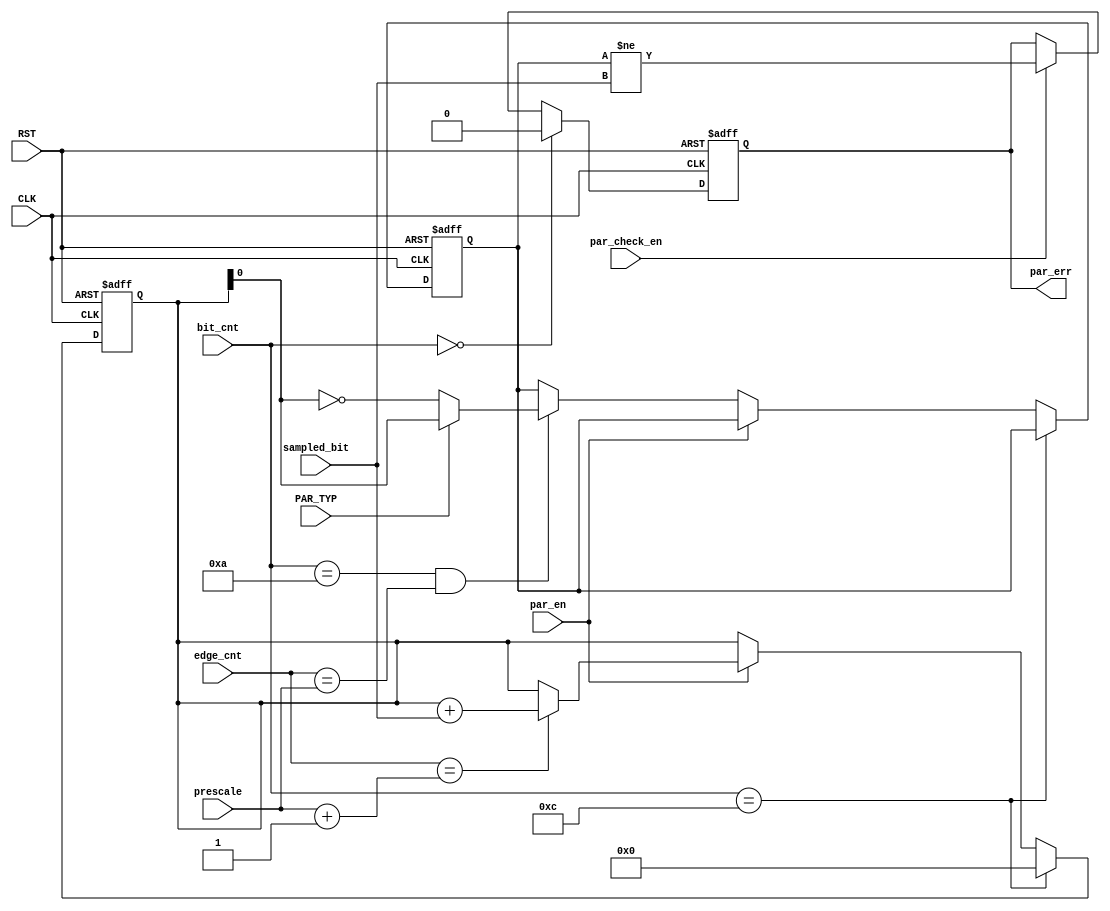
module parity_check (
 input wire                                          sampled_bit,par_check_en,PAR_TYP,CLK,RST,par_en,
 input wire                    [4:0]               edge_cnt,prescale,
 input wire                    [3:0]               bit_cnt,
 output reg                                        par_err
);

reg                          [3:0]                    parity ;
reg                                                     parity_flag ;

//assign par_err=((edge_cnt==5'b1) & bit_cnt==4'b1011) ? (parity_flag!=sampled_bit) : 1'b0 ;

always @(posedge CLK or negedge RST)
 begin
     if(!RST)
	  par_err<=1'b0 ;
	 else if (bit_cnt==4'b0)
	  par_err<=1'b0 ;
	 else if (par_check_en)
	  par_err<=(parity_flag!=sampled_bit) ;
 end

always @(posedge CLK or negedge RST)
 begin
     if(!RST)
	  begin 
		 parity<=4'b0 ;
		 parity_flag<=1'b0 ;
	  end
	 
	 else if(bit_cnt==4'b1100)
	  begin
	     parity<=4'b0 ;
	  end
	  
	 else if (par_en)
	  begin
	     if (edge_cnt==prescale+1'b1)
	      parity<=parity+sampled_bit ;
		 //else if(edge_cnt==prescale+1'b1)
	      //parity<=parity+sampled_bit ;
	  end

     //else if (par_check_en)
     else if ((bit_cnt==4'b1010) &(edge_cnt==prescale))	 
	  begin
	     if(PAR_TYP)
		  parity_flag<=parity[0] ;
		 else
		  parity_flag<=~ parity[0] ;
	  end
	  
 end

endmodule